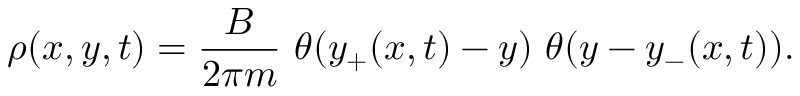
\rho ( x , y , t ) = { \frac { B } { 2 \pi m } } \ \theta ( y _ { + } ( x , t ) - y ) \ \theta ( y - y _ { - } ( x , t ) ) .